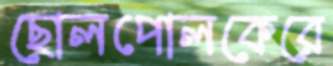
ছোলপোলকেরে